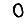
Digit: 0